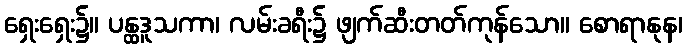
ရှေးရှေး၌။ ပန္ထဒူသကာ၊ လမ်းခရီး၌ ဖျက်ဆီးတတ်ကုန်သော။ စောရာနုန၊